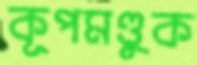
কূপমণ্ডুক